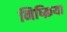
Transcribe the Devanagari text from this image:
निष्‍क्रिया